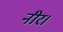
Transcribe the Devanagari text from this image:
नीर।